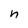
Character: n